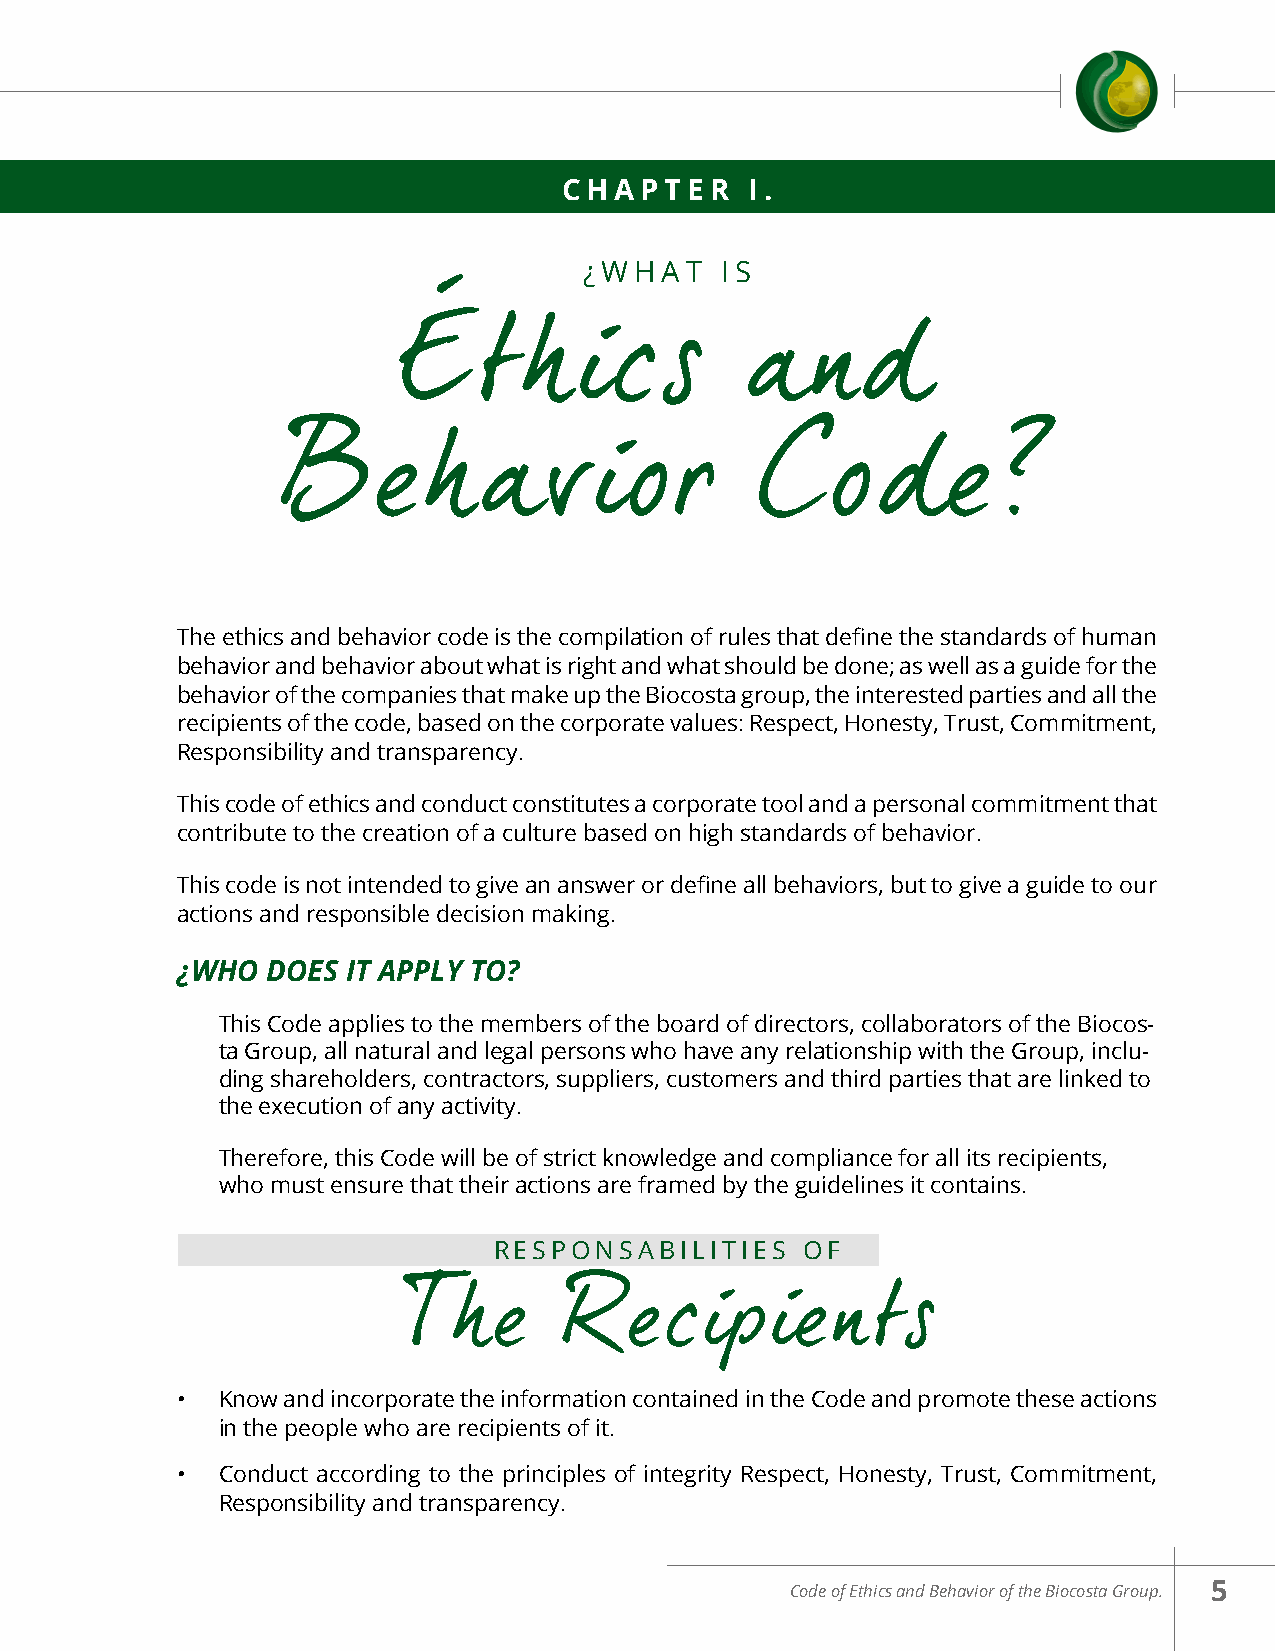
CHAPTER      I.
 ¿WHAT    IS
 Éthics                 and
 Behavior                        Code?
 The ethics and behavior code is the compilation of rules that define the standards of human
 behavior and behavior about what is right and what should be done; as well as a guide for the
 behavior of the companies that make up the Biocosta group, the interested parties and all the
 recipients of the code, based on the corporate values: Respect, Honesty, Trust, Commitment,
 Responsibility and transparency.
 This code of ethics and conduct constitutes a corporate tool and a personal commitment that
 contribute to the creation of a culture based on high standards of behavior.
 This code is not intended to give an answer or define all behaviors, but to give a guide to our
 actions and responsible decision making.
 ¿WHO  DOES IT APPLY TO?
 This Code applies to the members of the board of directors, collaborators of the Biocos-
 ta Group, all natural and legal persons who have any relationship with the Group, inclu-
 ding shareholders, contractors, suppliers, customers and third parties that are linked to
 the execution of any activity.
 Therefore, this Code will be of strict knowledge and compliance for all its recipients,
 who must ensure that their actions are framed by the guidelines it contains.
 RESPONSABILITIES    OF
 The        Recipients
 • Know and incorporate the information contained in the Code and promote these actions
 in the people who are recipients of it.
 • Conduct according to the principles of integrity Respect, Honesty, Trust, Commitment,
 Responsibility and transparency.
 Code of Ethics and Behavior of the Biocosta Group. 5